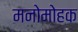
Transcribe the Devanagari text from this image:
मनोमोहक